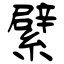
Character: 繴